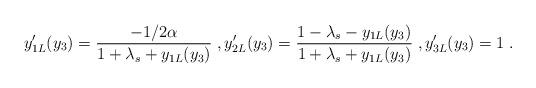
LaTeX: \begin{align*}y_{1L}'(y_3)=\frac{-1/2\alpha}{1+\lambda_s+y_{1L}(y_3)}\;,y_{2L}'(y_3)=\frac{1-\lambda_s-y_{1L}(y_3)}{1+\lambda_s+y_{1L}(y_3)}\;,y_{3L}'(y_3)=1\;.\end{align*}